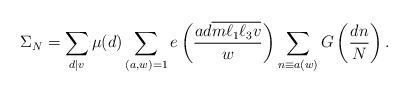
LaTeX: \begin{align*}\Sigma_N &= \sum_{d \mid v} \mu(d) \sum_{(a,w)=1} e \left( \frac{ad \overline{m\ell_1\ell_3 v}}{w} \right) \sum_{n \equiv a (w)} G \left( \frac{dn}{N}\right).\end{align*}